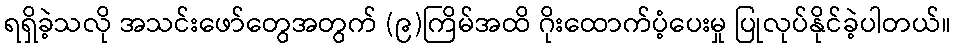
ရရှိခဲ့သလို အသင်းဖော်တွေအတွက် (၉)ကြိမ်အထိ ဂိုးထောက်ပံ့ပေးမှု ပြုလုပ်နိုင်ခဲ့ပါတယ်။